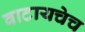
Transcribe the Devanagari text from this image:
वाटायचेच